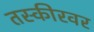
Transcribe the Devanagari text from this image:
तस्कीरवर